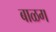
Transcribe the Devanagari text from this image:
बाळग